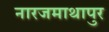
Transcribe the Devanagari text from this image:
नारजमाथापुर